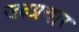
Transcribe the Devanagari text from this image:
सदप्रचार